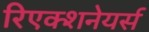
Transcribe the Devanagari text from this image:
रिएक्शनेयर्स